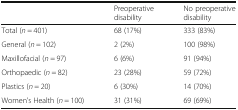
<table><thead><tr><td></td><td><b>Preoperative disability</b></td><td><b>No preoperative disability</b></td></tr></thead><tbody><tr><td>Total (<i>n</i> = 401)</td><td>68 (17%)</td><td>333 (83%)</td></tr><tr><td>General (<i>n</i> = 102)</td><td>2 (2%)</td><td>100 (98%)</td></tr><tr><td>Maxillofacial (<i>n</i> = 97)</td><td>6 (6%)</td><td>91 (94%)</td></tr><tr><td>Orthopaedic (<i>n</i> = 82)</td><td>23 (28%)</td><td>59 (72%)</td></tr><tr><td>Plastics (<i>n</i> = 20)</td><td>6 (30%)</td><td>14 (70%)</td></tr><tr><td>Women’s Health (<i>n</i> = 100)</td><td>31 (31%)</td><td>69 (69%)</td></tr></tbody></table>